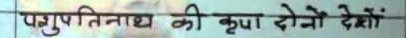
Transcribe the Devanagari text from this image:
पशुपतिनाथ की कृपा दोनों देशों